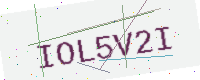
Text: IOL5V2I